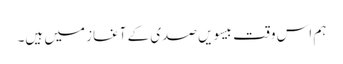
ہم اس وقت بیسویں صدی کے آغاز میں ہیں۔